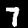
Label: 7